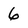
Character: 6